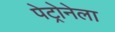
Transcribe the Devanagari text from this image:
पेट्रोनेला